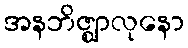
အနဘိဇ္ဈာလုနော